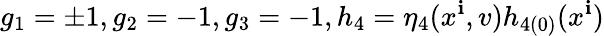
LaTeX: g_{1}=\pm1,g_{2}=-1,g_{3}=-1,h_{4}=\eta_{4}(x^{\mathbf{i}},v)h_{4(0)}(x^{\mathbf{i}})